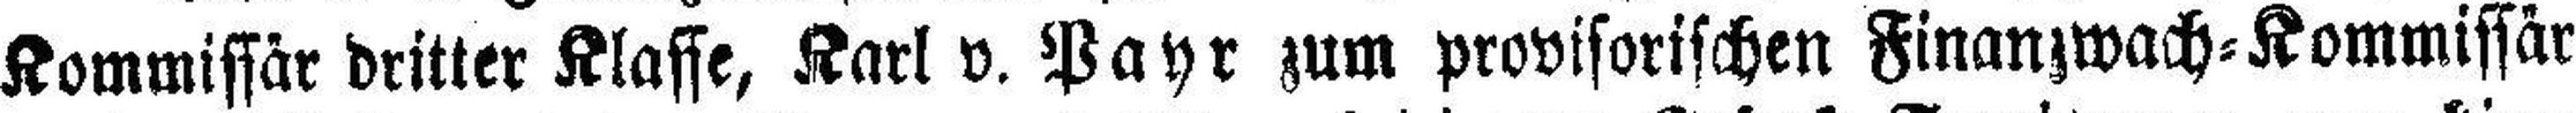
Kommissär dritter Klasse, Karl v. Payr zum provisorischen Finanzwach=Kommissär